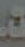
تع